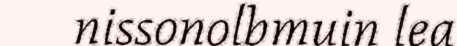
nissonolbmuin lea